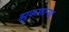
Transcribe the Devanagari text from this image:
झुकणाऱ्या